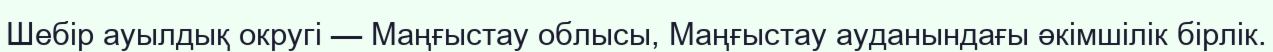
Шебір ауылдық округі — Маңғыстау облысы, Маңғыстау ауданындағы әкімшілік бірлік.